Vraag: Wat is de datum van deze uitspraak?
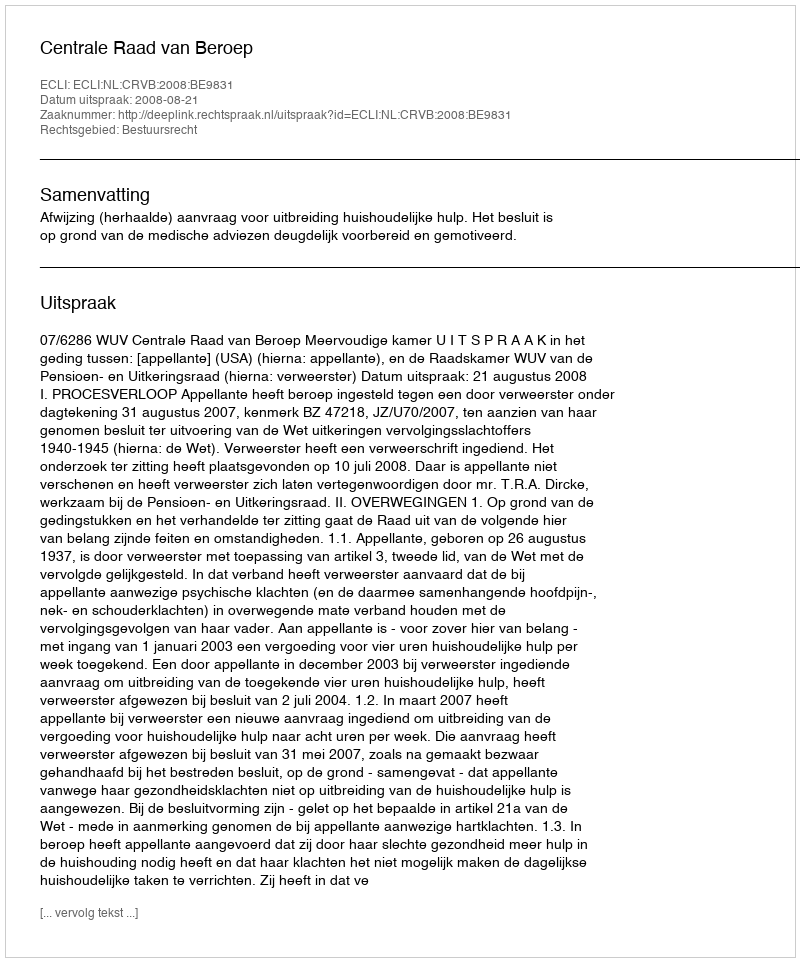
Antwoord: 2008-08-21